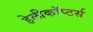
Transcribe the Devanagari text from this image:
हेलीकॉप्टर्स